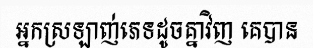
អ្នកស្រឡាញ់ភេទដូចគ្នាវិញ គេបាន